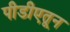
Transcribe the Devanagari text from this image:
पीडीएतून